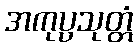
အကုပ္ပသုတ္တံ